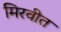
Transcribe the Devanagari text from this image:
मिरवीत